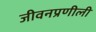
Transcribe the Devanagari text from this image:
जीवनप्रणीली